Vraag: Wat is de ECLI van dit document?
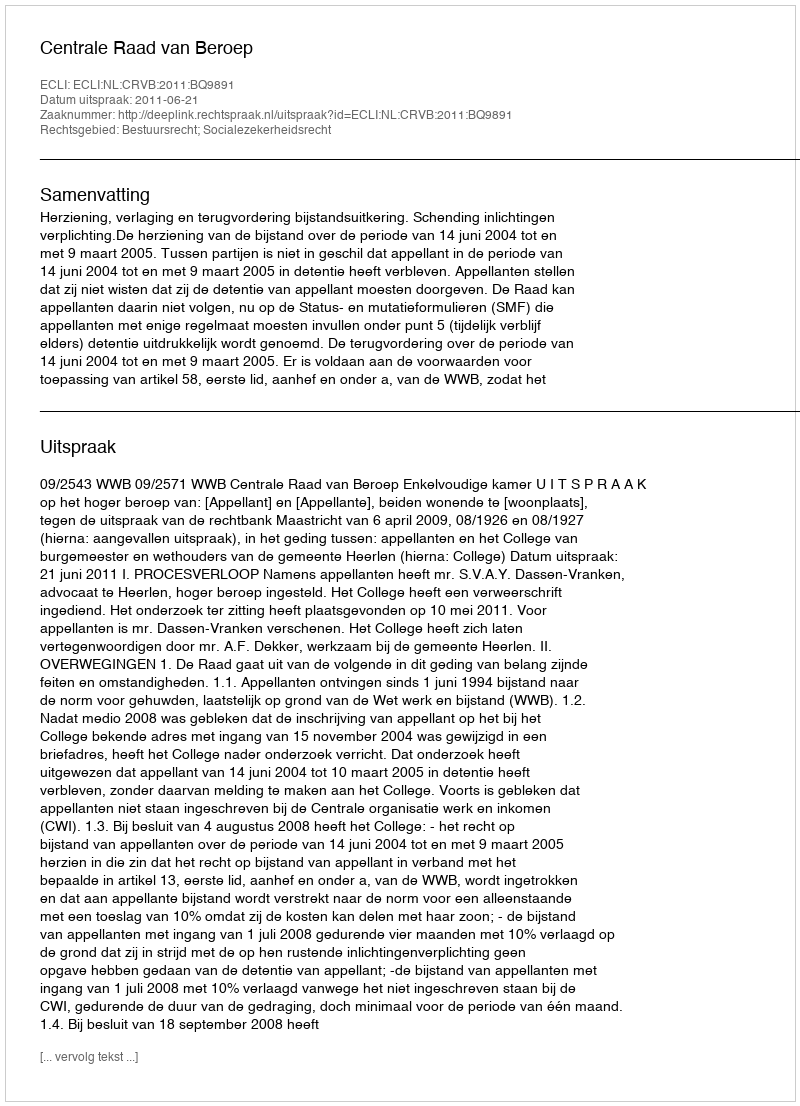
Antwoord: ECLI:NL:CRVB:2011:BQ9891